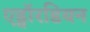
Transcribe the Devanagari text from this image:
एड्वॉरडियन